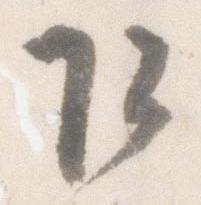
乍